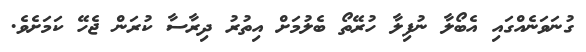
ގުނަވަނެއްގައި އެބޯލާ ނުފިލާ ހުރޭތޯ ބެލުމަށް އިތުރު ދިރާސާ ކުރަން ޖެހޭ ކަމަށެވެ.